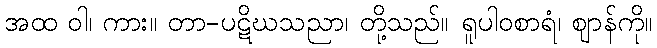
အထ ဝါ၊ ကား။ တာ-ပဋိဃသညာ၊ တို့သည်။ ရူပါဝစာရံ၊ ဈာန်ကို။